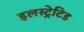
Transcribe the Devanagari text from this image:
इलस्ट्रेटिड